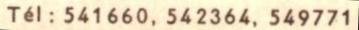
Tél: 541660, 542364, 549771